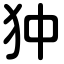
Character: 狆